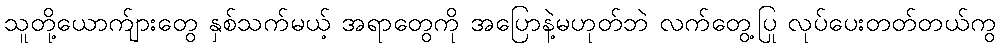
သူတို့ယောက်ျားတွေ နှစ်သက်မယ့် အရာတွေကို အပြောနဲ့မဟုတ်ဘဲ လက်တွေ့ပြု လုပ်ပေးတတ်တယ်ကွ